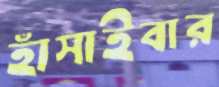
হাঁসাইবার